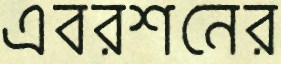
এবরশনের